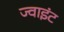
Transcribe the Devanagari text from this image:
ज्‍वाइंट